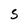
Character: S